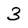
Character: 3